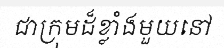
ជាក្រុមដ៏ខ្លាំងមួយនៅ